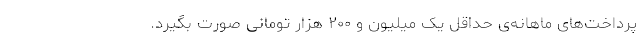
پرداخت‌های ماهانه‌ی حداقل یک میلیون و ۲۰۰ هزار تومانی صورت بگیرد.